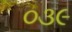
૦૩૯